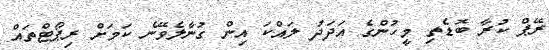
ރޭޕް ކުރާ ބޮޑެތި މީހުންގެ އަދަދު ލައްކަ އިން ގުނާލެވޭނެ ކަމަށް ރިޕޯޓްތައް